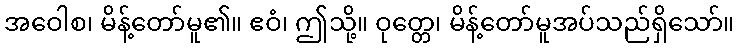
အဝေါစ၊ မိန့်တော်မူ၏။ ဧဝံ၊ ဤသို့။ ဝုတ္တေ၊ မိန့်တော်မူအပ်သည်ရှိသော်။